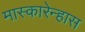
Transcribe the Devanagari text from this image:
मास्कारेन्हास